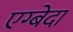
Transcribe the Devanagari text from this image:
एग्बेदा